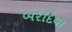
બરદિયા